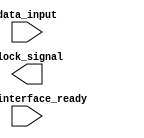
module uart_transmitter (
    input data_input,
    input uart_interface_ready,
    output reg clock_signal
);

reg [7:0] data_buffer;
reg transmit_enable;

// Data buffer block
always @ (posedge uart_interface_ready)
begin
    data_buffer <= data_input;
end

// Control logic block
always @ *
begin
    if (uart_interface_ready && !transmit_enable)
    begin
        transmit_enable <= 1;
    end
end

// Baud rate generator block
always @ (posedge clock_signal)
begin
    // generate clock signal based on baud rate
end

// Shift register block
always @ (posedge clock_signal)
begin
    if (transmit_enable)
    begin
        // serialize and send data from data buffer through UART interface
    end
end

endmodule